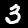
Label: 3